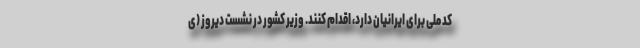
کد ملی برای ایرانیان دارد، اقدام کنند. وزیر کشور در نشست دیروز (ی